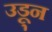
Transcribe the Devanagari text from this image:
उडू्न